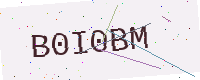
Text: B0I0BM